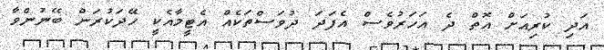
އަދި ކުރިއަށް އޮތް ދެ އަހަރުވެސް އެފަދަ ދުވަސްތަކެއް އެޓީމާއެކީ ހޭދަކުރަން ބޭނުންވާ